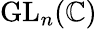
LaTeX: {\mathrm{GL}}_{n}(\mathbb{C})